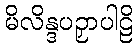
မိလိန္ဒပဉှာပါဠိ